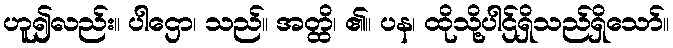
ဟူ၍လည်း။ ပါဌော၊ သည်။ အတ္ထိ၊ ၏။ ပန၊ ထိုသို့ပါဌ်ရှိသည်ရှိသော်။